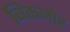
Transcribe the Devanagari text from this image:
बिकनोर